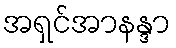
အရှင်အာနန္ဒာ